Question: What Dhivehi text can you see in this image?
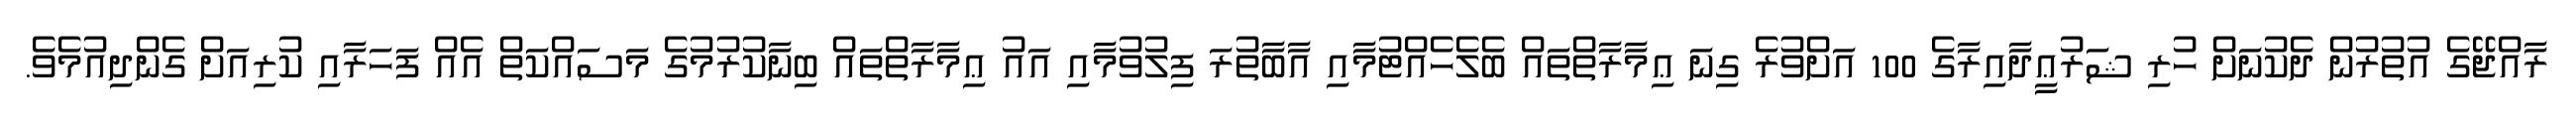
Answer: ރާއްޖޭގެ އުތުރުން ދެކުނަށް ހުރި ޝަރުޢީދާއިރާގެ 100 އަށްވުރެ ގިނަ ޢިމާރާތްތައް ބެލެހެއްޓުމާއި އާބާތުރަ ފިލުވުމާއި އައު ޢިމާރާތްތައް ބިނާކުރުމުގެ މަސައްކަތް އެއް ފަހަރާއި ކުރިއަށް ގެންދިއުމެވެ.